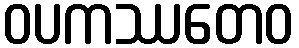
ဝပကဿတေဝ